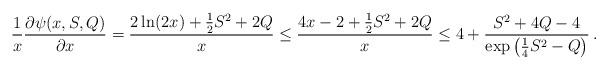
LaTeX: \begin{align*}\frac{1}{x}\frac{\partial \psi(x, S, Q)}{\partial x}= \frac{2 \ln (2x) + \frac{1}{2} S^2 + 2 Q}{x}\le \frac{4x - 2 + \frac{1}{2} S^2 + 2 Q}{x}\le 4+\frac{S^2 + 4 Q-4}{\exp\left(\frac{1}{4} S^2 - Q\right)} \: .\end{align*}